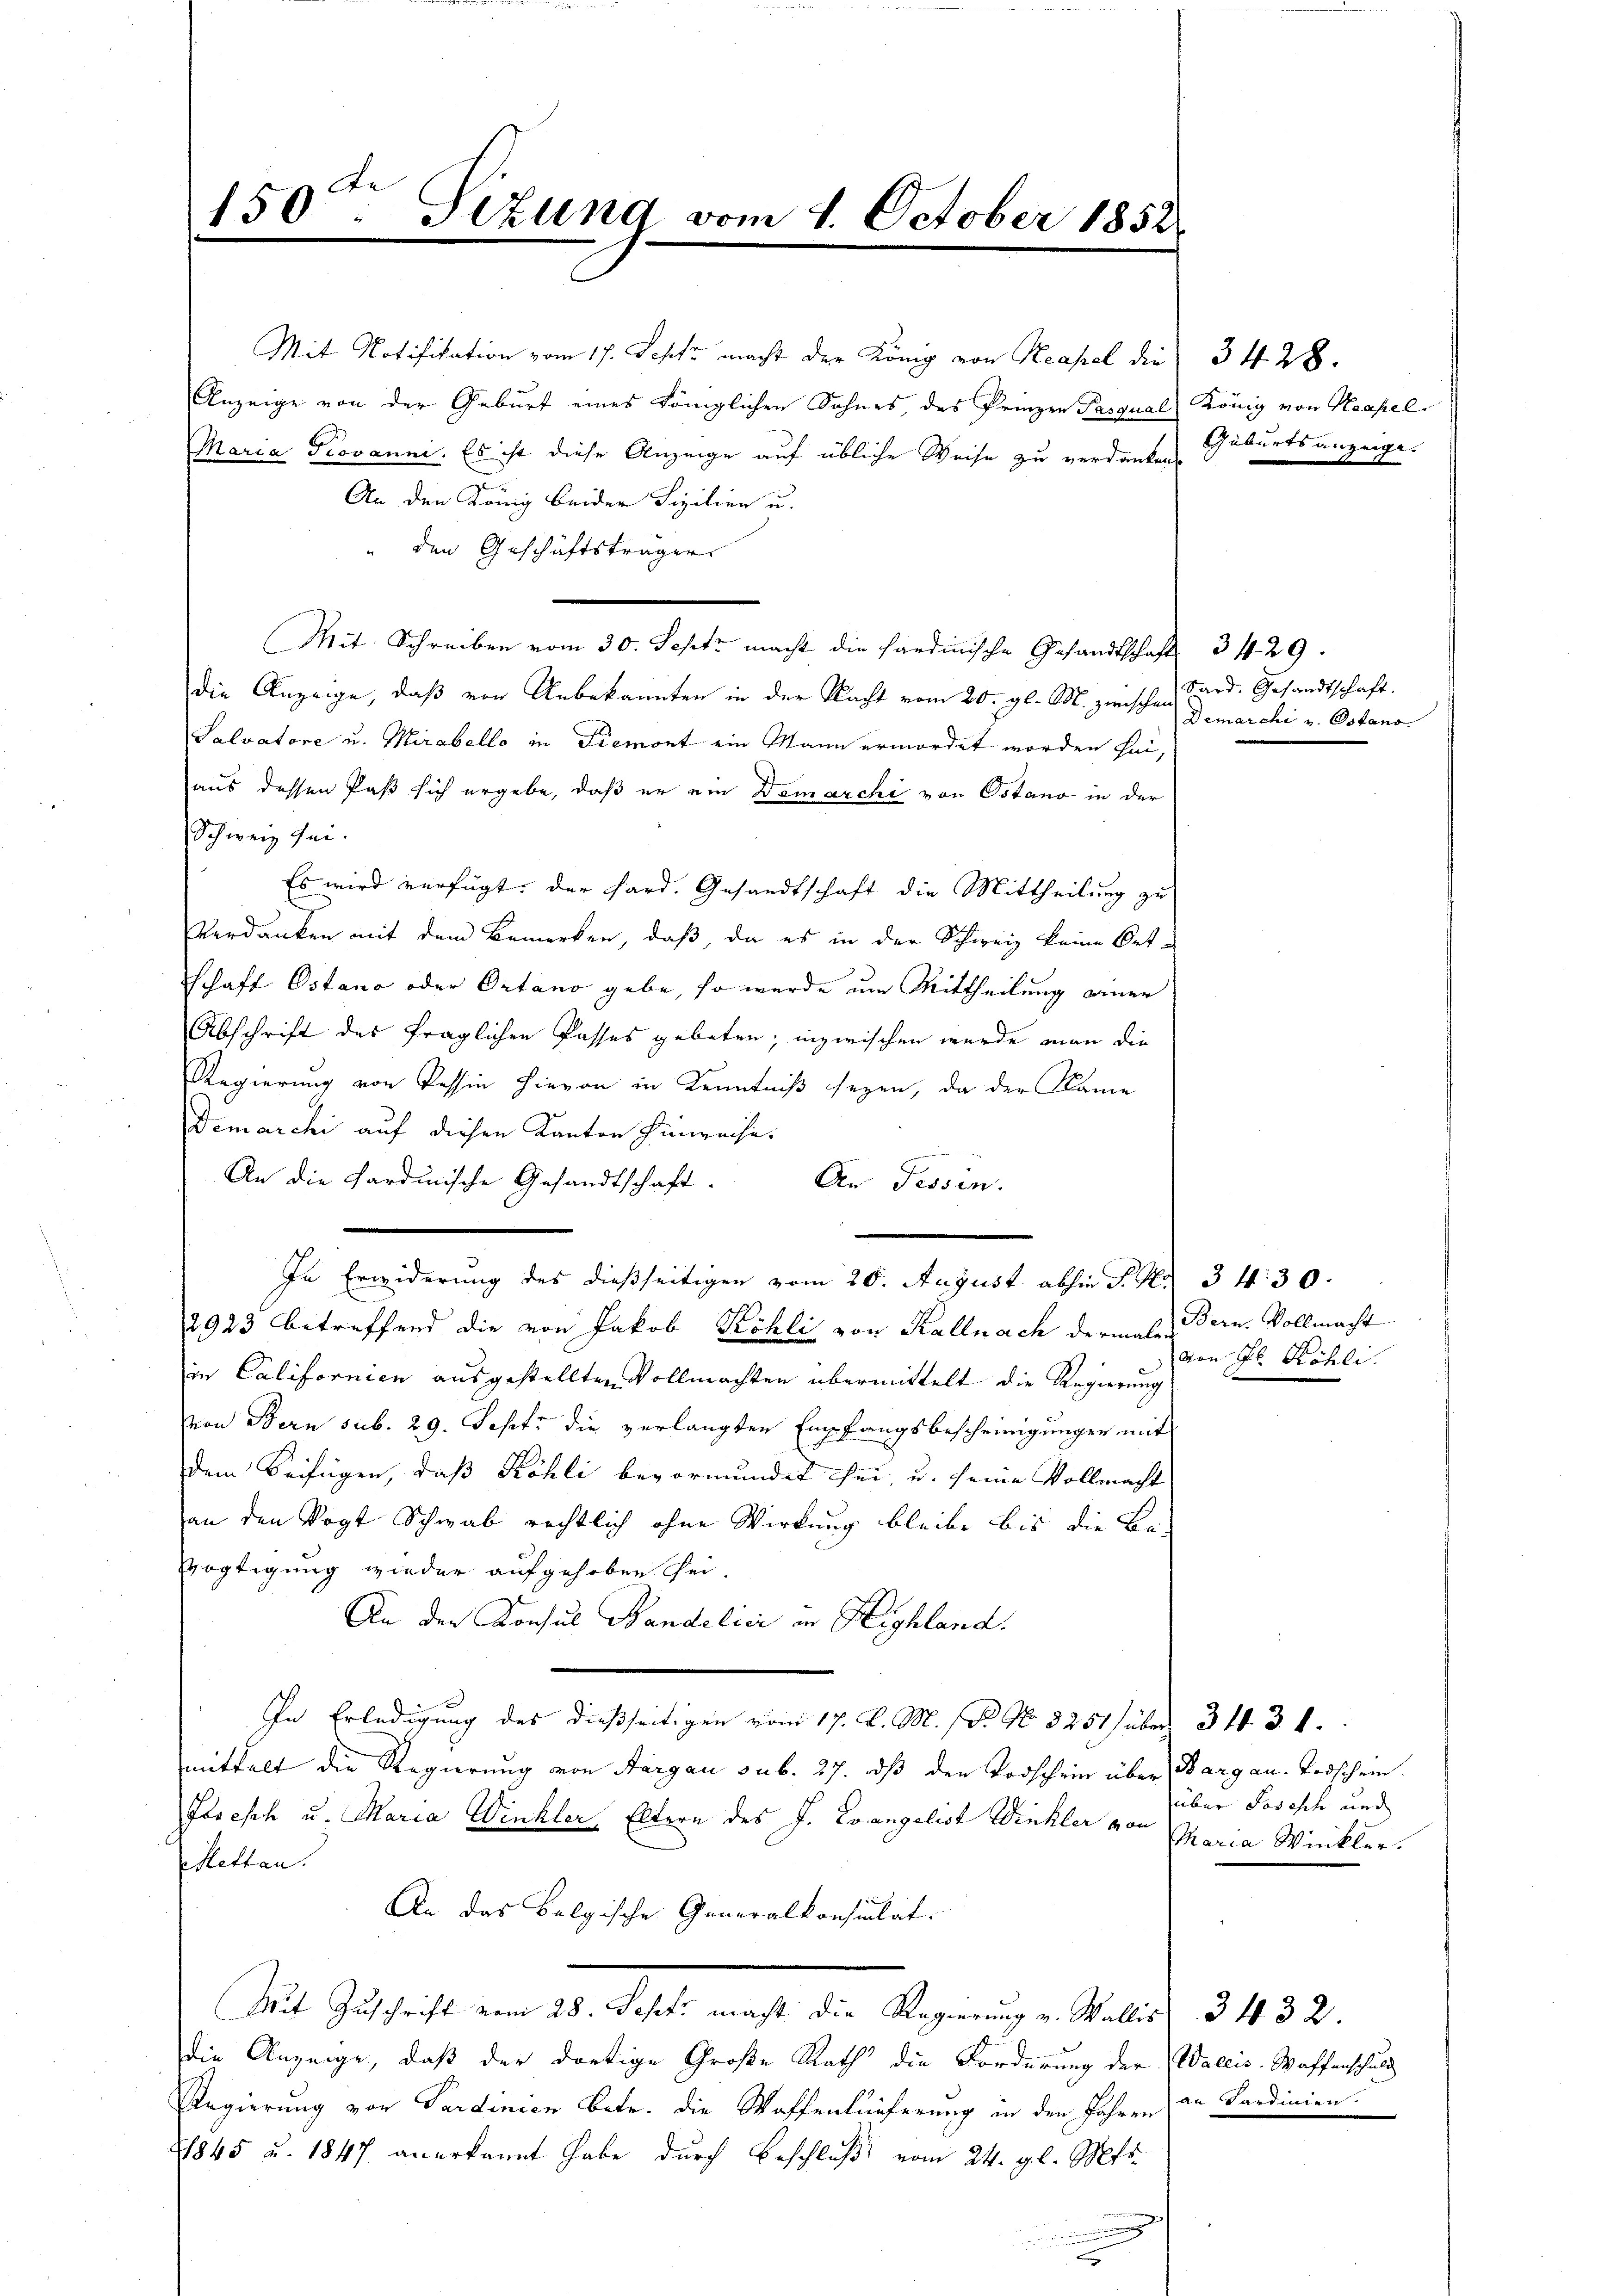
150ten Sitzung vom 4. October 1852

Mit Notifikation vom 17. Septz macht der König von Neapel die
Anzeige von der Geburt eines Königlichen Sohnes des Prinzen Pasqual
Maria Piovanni. Es ist diese Anzeige auf übliche Weise zu verdanken Geburtsanzeige.
An den König beider Fizilien u.
den Geschäftsträger
Mit Schreiben vom 30. Sept. macht die Sardinische Gesandtschaft 3429.
die Anzeige, daß von Unbekannten in der Nacht vom 20. gl. M. zwischen Ferd. Gesandtschaft
Salvatore u. Mirabello in Piemont ein Mann ermordet worden sei,
aus dessen Paß sich ergebe, daß er ein Demarchi von Ostano in der
Schweiz sei.
Es wird verfügt: der hard. Gesandtschaft die Mittheilung zu
Verdanken mit dem Bemerken, daß, da es in der Schweiz keine Oetschaft Ostano oder Ortano gebe, so wurde um Mittheilung einer
Abschrift des fraglichen Passes geboten; inzwischen wurde man die
Regierung von Tessin hievon in Kenntniß seyen, da der Kame
Demarchi auf diesen Kanton Hinweise.
An die Sardinische Gesandtschaft.
An Tessin.
In Erwiderung des dießseitigen vom 20. August abhin P. Nr. 34. 30.
2923 betreffend die von Jakob Köhli von Kallnach dermas Bern. Vollmacht
in Californien ausgestellten Vollmachten übermittelt die Regierung
von Bern sub. 29. Sept. die verlangten Empfangsbescheinigungen mit
dem Beifügen, daß Köhli bevormundet sei, u. seine Vollmacht
an den Vogt Schwab rechtlich ohne Wirkung bleibe bis die Be-
Mögtigung wieder aufgehoben sei.
An der Konsul Handelici in Highland.
In Erledigung des dießseitigen vom 17. d. M. 18. No. 3251) über 34. d. 1.
mittelt die Regierung von Aargau sub. 27. dß den Vorschein über Bargau. Todschein
Forisch u. Maria Winkler Eltern des J. Evangelist Winkler von Maria Winkler.
ettan.
An das belgische Generalkonsulat.
Mit Zuschricht vom 20. deste macht die Regierung v. Stilich § 1432.
die Anzeige, daß der dortige Große Rath die Forderung der Wallis. Waffenschuld
Regierung von Sardinien Betr. die Waffenlieferung in den Jahren an Sardinien.
81845 u. 1847 anerkannt habe durch Beschluß vom 24. gl. Mts.

3428.
König von Neapel.

Demarchi v. Ostand

von Fr. Köhli

über Joseph und